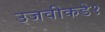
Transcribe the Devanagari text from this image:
उजवीकडे१